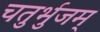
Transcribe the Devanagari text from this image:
चतुर्भुजम्